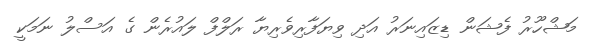
މަޝްހޫރު ފެޝަން ޑިޒައިނަރު އަދި ވިޔަފާރިވެރިޔާ ރަލްފް ލައުރެން ގެ އަސްލު ނަމަކީ